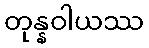
တုန္နဝါယဿ